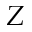
Z